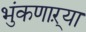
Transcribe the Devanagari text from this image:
भुंकणाऱ्या